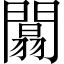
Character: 闒